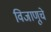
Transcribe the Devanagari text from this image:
विजाणूचे